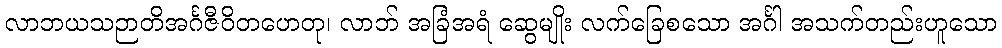
လာဘယသဉာတိအင်္ဂဇီဝိတဟေတု၊ လာဘ် အခြံအရံ ဆွေမျိုး လက်ခြေစသော အင်္ဂါ အသက်တည်းဟူသော